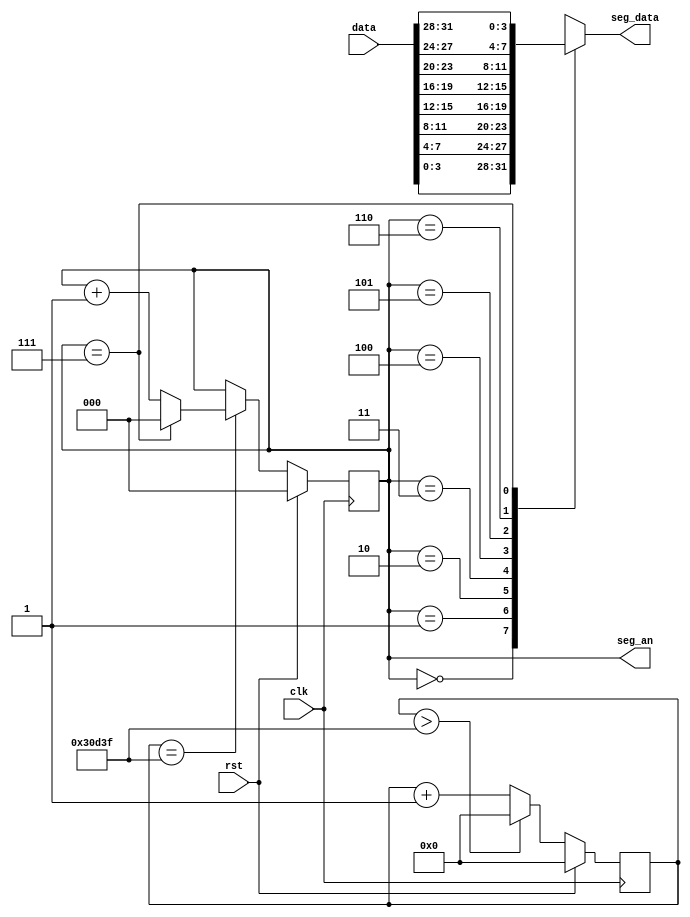
`timescale 1ns / 1ps

/* 
 *   Last update: 2023.04.02
 */

module Segment(
    input clk,
    input rst,

    input [31:0] data,      // The data ready to output
    output reg [2:0] seg_an,    // Connecting segments display
    output reg [3:0] seg_data    // Connecting segments display
);

    reg [25:0] cnt_2ms;
    localparam TIME_2MS = 200000;
    localparam SEG_NUM = 8;

    initial begin   // Used in simulation
        seg_an <= 0;
        cnt_2ms <= 0;
    end

    always @(posedge clk) begin
        if (rst) begin
            cnt_2ms <= 0;
        end
        else begin
            if (cnt_2ms > TIME_2MS - 1) 
                cnt_2ms = 0;
            else 
                cnt_2ms <= cnt_2ms + 1;
        end
    end

    always @(posedge clk) begin
        if (rst) begin
            seg_an <= 0;
        end
        else begin
            if (cnt_2ms == TIME_2MS - 1) begin
                if (seg_an == SEG_NUM - 1)
                    seg_an <= 0;
                else
                    seg_an <= seg_an + 1;    
            end
        end
    end
    
    always @(*) begin
        case (seg_an)
            'd0: begin seg_data = data[3:0]; end
            'd1: begin seg_data = data[7:4]; end
            'd2: begin seg_data = data[11:8]; end
            'd3: begin seg_data = data[15:12]; end
            'd4: begin seg_data = data[19:16]; end
            'd5: begin seg_data = data[23:20]; end
            'd6: begin seg_data = data[27:24]; end
            'd7: begin seg_data = data[31:28]; end
        endcase   
    end


endmodule